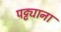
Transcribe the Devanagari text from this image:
पट्ट्याना